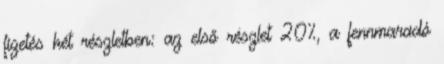
fizetés két részletben: az első részlet 20%, a fennmaradó